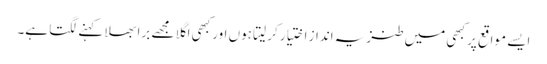
ایسے مواقع پر کبھی میں طنزیہ انداز اختیار کر لیتا ہوں اور کبھی اگلا مجھے برا بھلا کہنے لگتا ہے۔